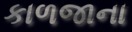
કાળજાના